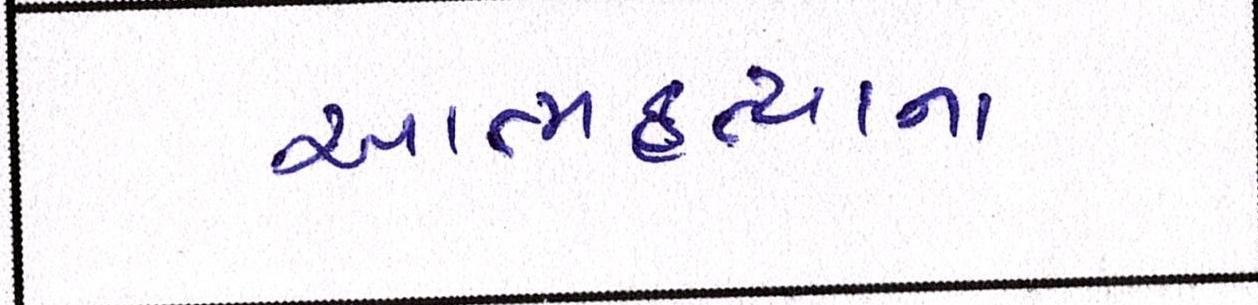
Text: આત્મહત્યાના